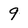
Character: 9